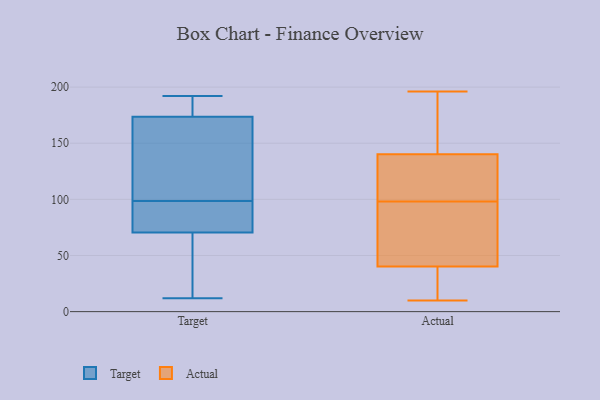
{"axis": {"x": "Revenue (USD Million)", "y": "Value"}, "legend": ["Actual", "Target"], "data": [{"x": "", "y": 57, "type": "Target"}, {"x": "", "y": 88, "type": "Target"}, {"x": "", "y": 70, "type": "Target"}, {"x": "", "y": 179, "type": "Target"}, {"x": "", "y": 124, "type": "Target"}, {"x": "", "y": 79, "type": "Target"}, {"x": "", "y": 172, "type": "Target"}, {"x": "", "y": 120, "type": "Target"}, {"x": "", "y": 177, "type": "Target"}, {"x": "", "y": 12, "type": "Target"}, {"x": "", "y": 93, "type": "Target"}, {"x": "", "y": 122, "type": "Target"}, {"x": "", "y": 192, "type": "Target"}, {"x": "", "y": 104, "type": "Target"}, {"x": "", "y": 183, "type": "Target"}, {"x": "", "y": 71, "type": "Target"}, {"x": "", "y": 47, "type": "Target"}, {"x": "", "y": 175, "type": "Target"}, {"x": "", "y": 39, "type": "Target"}, {"x": "", "y": 79, "type": "Target"}, {"x": "", "y": 54, "type": "Actual"}, {"x": "", "y": 24, "type": "Actual"}, {"x": "", "y": 25, "type": "Actual"}, {"x": "", "y": 113, "type": "Actual"}, {"x": "", "y": 10, "type": "Actual"}, {"x": "", "y": 119, "type": "Actual"}, {"x": "", "y": 196, "type": "Actual"}, {"x": "", "y": 77, "type": "Actual"}, {"x": "", "y": 158, "type": "Actual"}, {"x": "", "y": 141, "type": "Actual"}, {"x": "", "y": 98, "type": "Actual"}, {"x": "", "y": 154, "type": "Actual"}, {"x": "", "y": 110, "type": "Actual"}, {"x": "", "y": 29, "type": "Actual"}, {"x": "", "y": 44, "type": "Actual"}, {"x": "", "y": 140, "type": "Actual"}, {"x": "", "y": 51, "type": "Actual"}]}